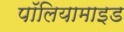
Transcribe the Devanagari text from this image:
पॉलियामाइड